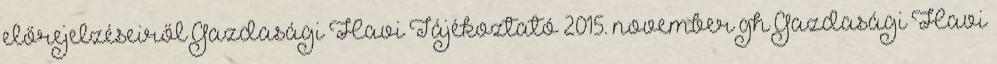
előrejelzéseiről Gazdasági Havi Tájékoztató 2015. november gh Gazdasági Havi